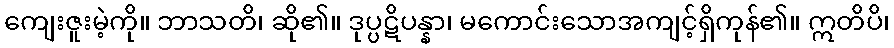
ကျေးဇူးမဲ့ကို။ ဘာသတိ၊ ဆို၏။ ဒုပ္ပဋိပန္နာ၊ မကောင်းသောအကျင့်ရှိကုန်၏။ ဣတိပိ၊